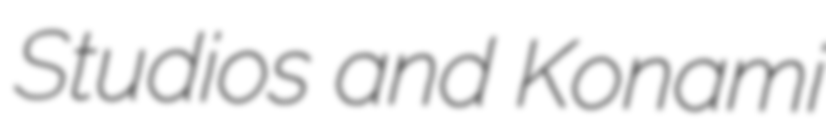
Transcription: Studios and Konami